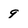
Character: 9